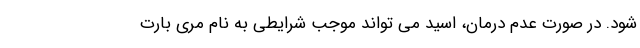
شود. در صورت عدم درمان، اسید می تواند موجب شرایطی به نام مری بارت